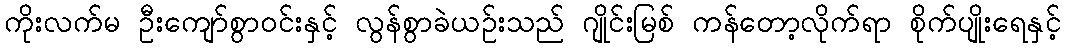
ကိုးလက်မ ဦးကျော်စွာဝင်းနှင့် လွန်စွာခဲယဉ်းသည် ဂျိုင်းမြစ် ကန်တော့လိုက်ရာ စိုက်ပျိုးရေနှင့်